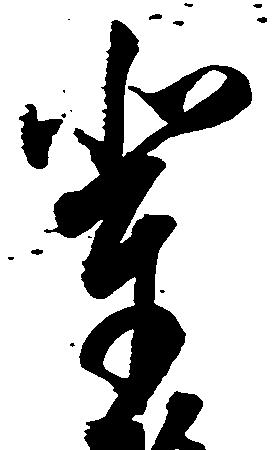
輩